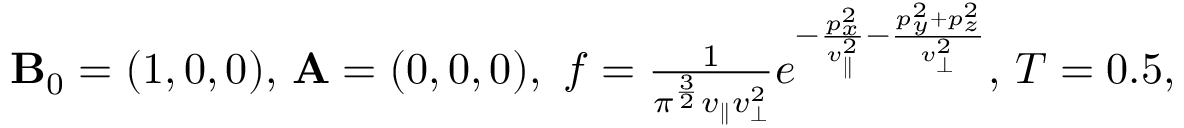
\begin{array} { r } { { \mathbf { B } } _ { 0 } = ( 1 , 0 , 0 ) , \, { \mathbf A } = ( 0 , 0 , 0 ) , \ f = \frac { 1 } { \pi ^ { \frac { 3 } { 2 } } v _ { \parallel } v _ { \perp } ^ { 2 } } e ^ { - \frac { p _ { x } ^ { 2 } } { v _ { \parallel } ^ { 2 } } - \frac { p _ { y } ^ { 2 } + p _ { z } ^ { 2 } } { v _ { \perp } ^ { 2 } } } , \, T = 0 . 5 , } \end{array}